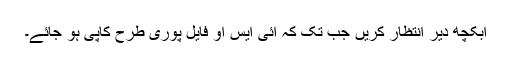
ابکچھ دیر انتظار کریں جب تک کہ آئی ایس او فایل پوری طرح کاپی ہو جائے۔